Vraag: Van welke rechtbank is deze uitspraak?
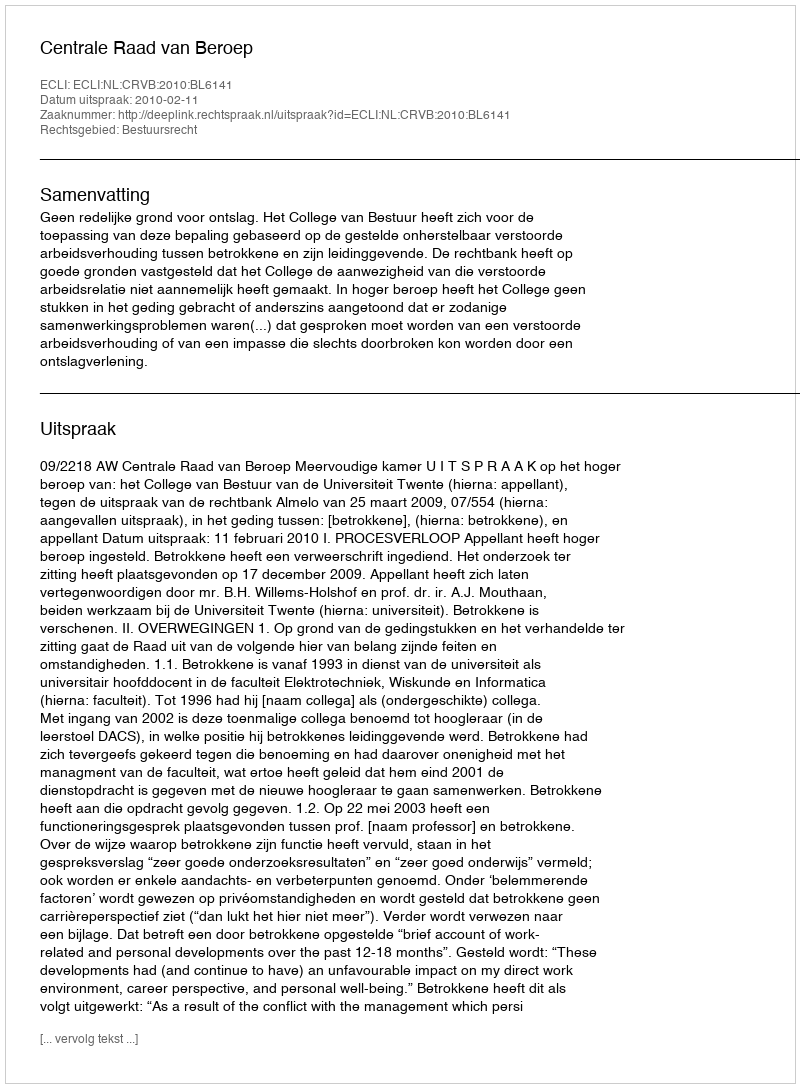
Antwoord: Centrale Raad van Beroep